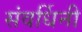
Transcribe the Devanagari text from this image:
संवर्धिनी